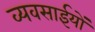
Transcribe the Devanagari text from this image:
व्यवसाईयों